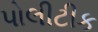
પોલીટીક